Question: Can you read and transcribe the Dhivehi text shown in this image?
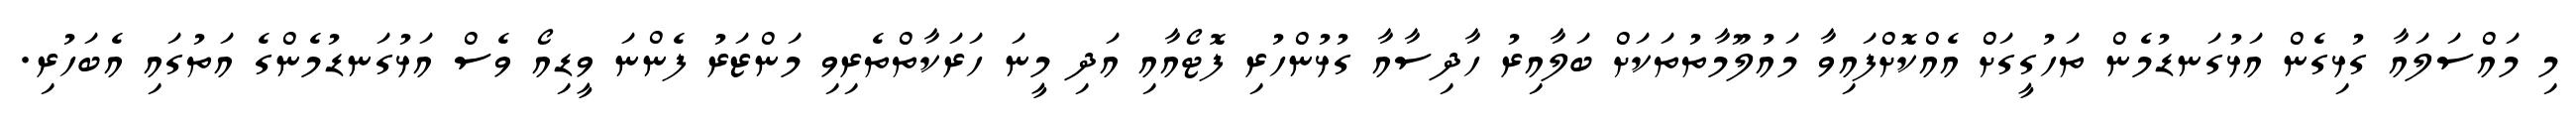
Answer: މި މައްސަލައާ ގުޅިގެން އަޅުގަނޑުމެން ތަހުގީގަށް އެއްކޮށްފައިވާ މައުލޫމާތުތަކަށް ބަލާއިރު ހާދިސާއާ ގުޅުންހުރި ފޮޓޯއާއި އަދި މީނަ ހަރަކާތްތެރިވި މަންޒަރު ފެންނަ ވީޑިއޯ ވެސް އަޅުގަނޑުމެންގެ އަތުގައި އެބަހުރި.